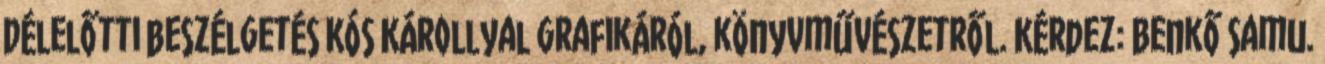
Délelőtti beszélgetés Kós Károllyal grafikáról, könyvművészetről. Kérdez: Benkő Samu.